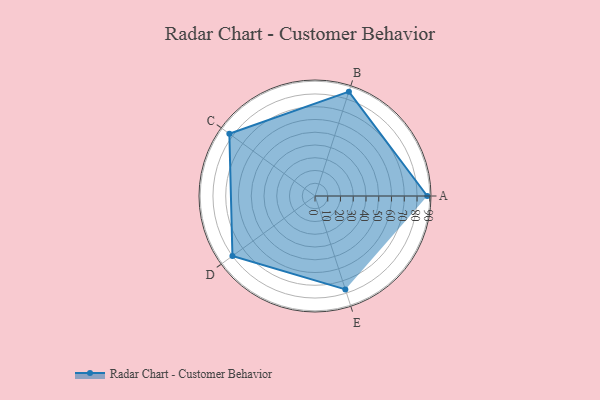
{"axis": {"x": "Skill", "y": "Score"}, "legend": ["Profile"], "data": [{"x": "A", "y": 88.0, "type": "Profile"}, {"x": "B", "y": 86.0, "type": "Profile"}, {"x": "C", "y": 83.0, "type": "Profile"}, {"x": "D", "y": 80.0, "type": "Profile"}, {"x": "E", "y": 77.0, "type": "Profile"}]}